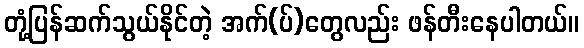
တုံ့ပြန်ဆက်သွယ်နိုင်တဲ့ အက်(ပ်)တွေလည်း ဖန်တီးနေပါတယ်။